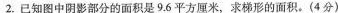
2.已知图中阴影部分的面积是9.6平方厘米，求梯形的面积。(4分)